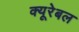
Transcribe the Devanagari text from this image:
क्यूरेबल